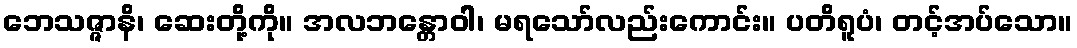
ဘေသဇ္ဇာနိ၊ ဆေးတို့ကို။ အလဘန္တောဝါ၊ မရသော်လည်းကောင်း။ ပတိရူပံ၊ တင့်အပ်သော။